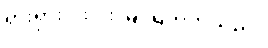
ရှားရှားပါးပါး မြင်ရတတ်သည်။